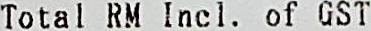
TOTAL RM INCL. OF GST